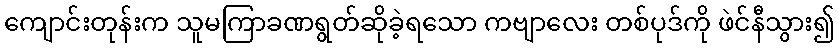
ကျောင်းတုန်းက သူမကြာခဏရွတ်ဆိုခဲ့ရသော ကဗျာလေး တစ်ပုဒ်ကို ဖဲင်နီသွား၍